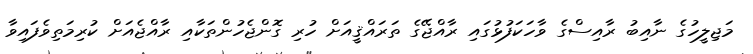
މަޖިލީހުގެ ނާއިބު ރާއިސްގެ ވާހަކަފުޅުގައި ރާއްޖޭގެ ތަރައްޤީއަށް ހުރި ގޮންޖެހުންތަކާއި ރާއްޖެއަށް ކުރިމަތިވެފައިވާ